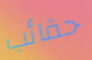
حقائب